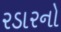
રડારનો